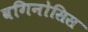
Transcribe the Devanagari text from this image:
वगिनोसिस